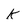
Character: K